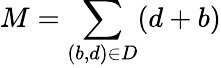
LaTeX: M=\sum_{(b,d)\in D}(d+b)